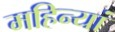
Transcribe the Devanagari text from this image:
महिन्यां